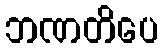
ဘဏတိပေ